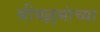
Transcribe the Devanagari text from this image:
श्रीवल्लभांच्या